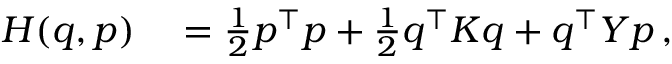
\begin{array} { r l } { H ( q , p ) } & { { } = \frac { 1 } { 2 } p ^ { \intercal } p + \frac { 1 } { 2 } q ^ { \intercal } \boldsymbol { K } q + q ^ { \intercal } \boldsymbol { Y } p \, , } \end{array}